Annual report on the working of the Harcourt Butler Institute of Public Health, Rangoon
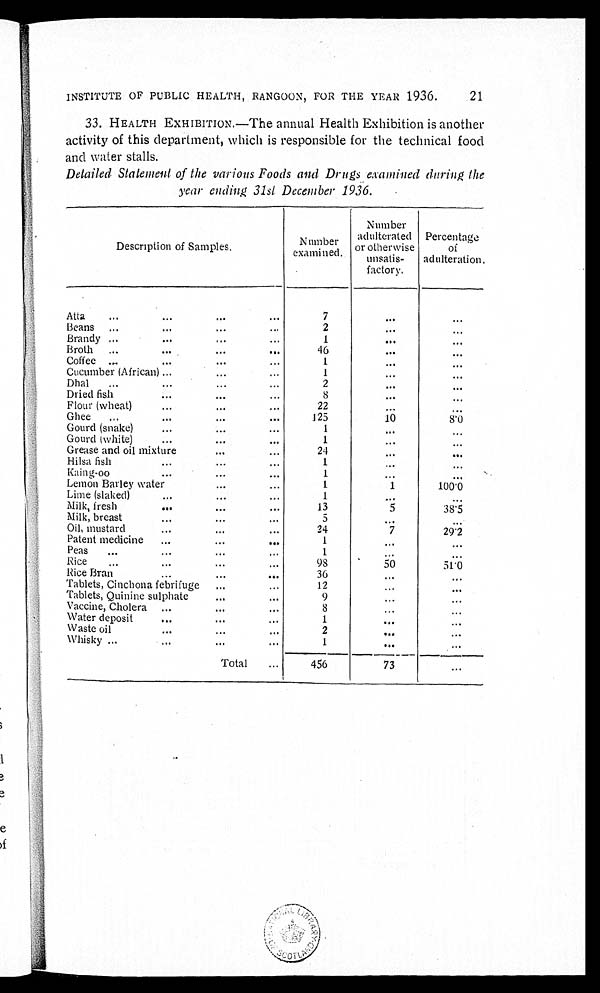
21
INSTITUTE OF PUBLIC HEALTH, RANGOON, FOR THE YEAR 1936.
33 . HEALTH EXHIBITION.—The annual Health Exhibition is another
activity of this department, which is responsible for the technical food
and water stalls.
Detailed Statement of the various Foods and Drugs examined during the
year ending 31st December 1936.
Description of Samples.
N umber
examined.
Number
adulterated
or otherwise
unsatis-
factory.
Percentage
of
adulteration.
Atta . . .
7
. . .
. . .
Beans . . .
2
. . .
. . .
Brandy . . .
1
. . .
. . .
B Broth . . .
46
. . .
. . .
Coffee . . .
1
. . .
. . .
Cucumber (African) . . .
1
. . .
. . .
Dhal . . .
2
. . .
. . .
Dried fish . . .
8
. . .
. . .
Flour (wheat) . . .
22
. . .
. . .
Ghee . . .
125
10
8 . 0
Gourd (snake) . . .
1
. . .
. . .
Gourd (white) . . .
1
. . .
. . .
Grease and oil mixture . . .
24
. . .
. . .
Hilsa fish . . .
1
. . .
. . .
Kaing-oo . . .
1
. . .
. . .
Lemon Barley water . . .
1
1
100.0
Lime (slaked) . . .
1
. . .
. . .
Milk, fresh . . .
13
5
38.5
Milk, breast . . .
5
. . .
. . .
Oil, mustard . . .
24
7
29.2
Patent medicine . . .
1
. . .
. . .
Peas . . .
1
. . .
. . .
Rice . . .
98
50
51.0
Rice Bran . . .
3 6
. . .
. . .
Tablets, Cinchona febrifuge . . .
12
. . .
. . .
Tablets, Quinine sulphate . . .
9
. . .
. . .
Vaccine, Cholera . . .
8
. . .
. . .
Water deposit . . .
1
. . .
. . .
Waste oil . . .
2
. . .
. . .
Whisky . . .
1
. . .
. . .
Total . . .
456
73
. . .